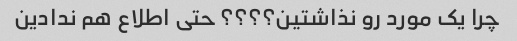
چرا یک مورد رو نذاشتین؟؟؟؟ حتی اطلاع هم ندادین